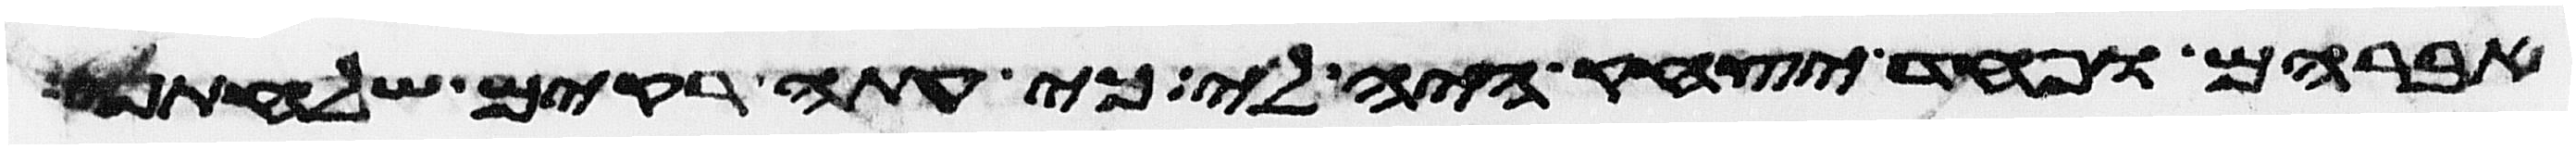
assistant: אברהם ופחד יצחק היה לי כי עתה ריקם שלחתני